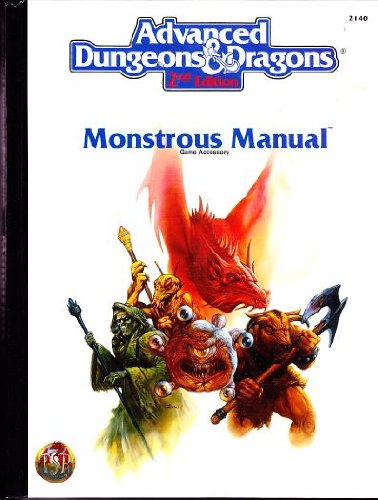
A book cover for Monstrous Manual (AD&D 2nd Ed Fantasy Roleplaying Accessory, 2140); Science Fiction & Fantasy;